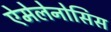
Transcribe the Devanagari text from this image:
ऐमेलेनोसिस